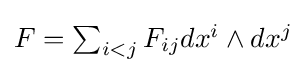
{\textstyle F=\sum _{i<j}F_{ij}dx^{i}\wedge dx^{j}}